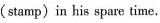
(stamp)in his spare time.